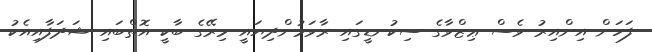
ފަހަން އިންއިރު ވެސް ޢިޒްވާގެ ސިކުނޑީގައި ރާވަމުންދިޔައީ މިރޭގެ ބާކީ އޮތްބައި ޝަދަފާއިއެކު